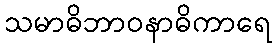
သမာဓိဘာဝနာဓိကာရေ